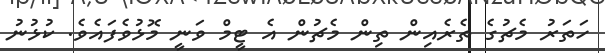
ހަތަރު މެޗުގެ ތެރެއިން ތިން މެޗުން އެ ޓީމް ވަނީ މޮޅުވެފައެވެ. ކުޅުނު